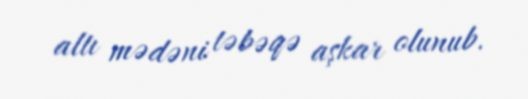
altı mədəni təbəqə aşkar olunub.